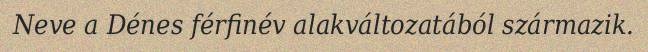
Neve a Dénes férfinév alakváltozatából származik.